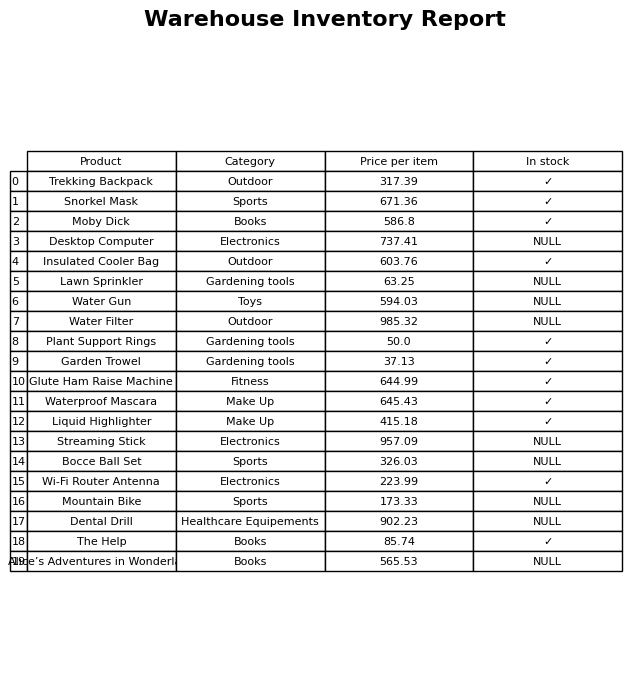
question: What is the price for Lawn Sprinkler?
answer: The price of Lawn Sprinkler is 63.25.